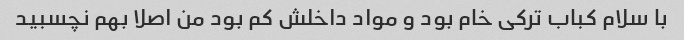
با سلام کباب ترکی خام بود و مواد داخلش کم بود من اصلا بهم نچسبید